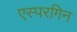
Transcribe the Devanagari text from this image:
एस्परगिन